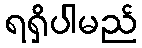
ရရှိပါမည်